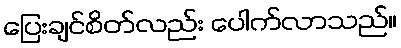
ပြေးချင်စိတ်လည်း ပေါက်လာသည်။